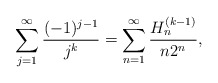
\begin{align*}\sum_{j=1}^{\infty }\frac{(-1)^{j-1}}{j^{k}}\allowbreak =\allowbreak\sum_{n=1}^{\infty }\frac{H_{n}^{(k-1)}}{n2^{n}}, \end{align*}